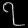
Digit: ၇